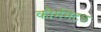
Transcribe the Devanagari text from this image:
कौर्ममेटल